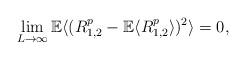
LaTeX: \begin{align*}\lim_{L \rightarrow \infty} {\mathbb E}\langle (R_{1,2}^p -{\mathbb E}\langle R_{1,2} ^p\rangle )^2 \rangle=0,\end{align*}